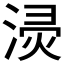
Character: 𱧪